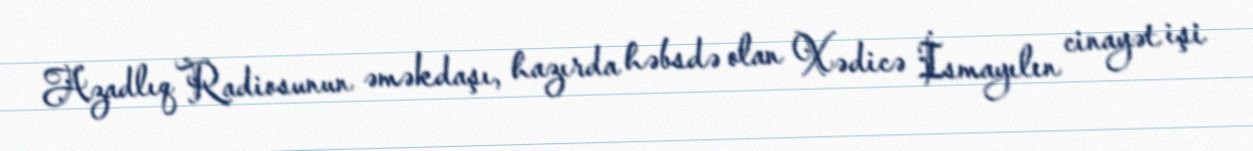
Azadlıq Radiosunun əməkdaşı, hazırda həbsdə olan Xədicə İsmayılın cinayət işi